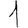
Digit: 1